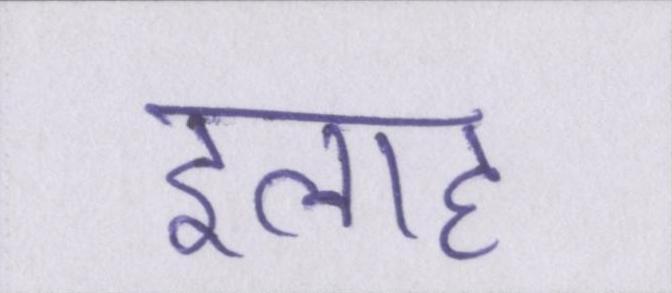
इलाह